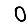
Digit: 0